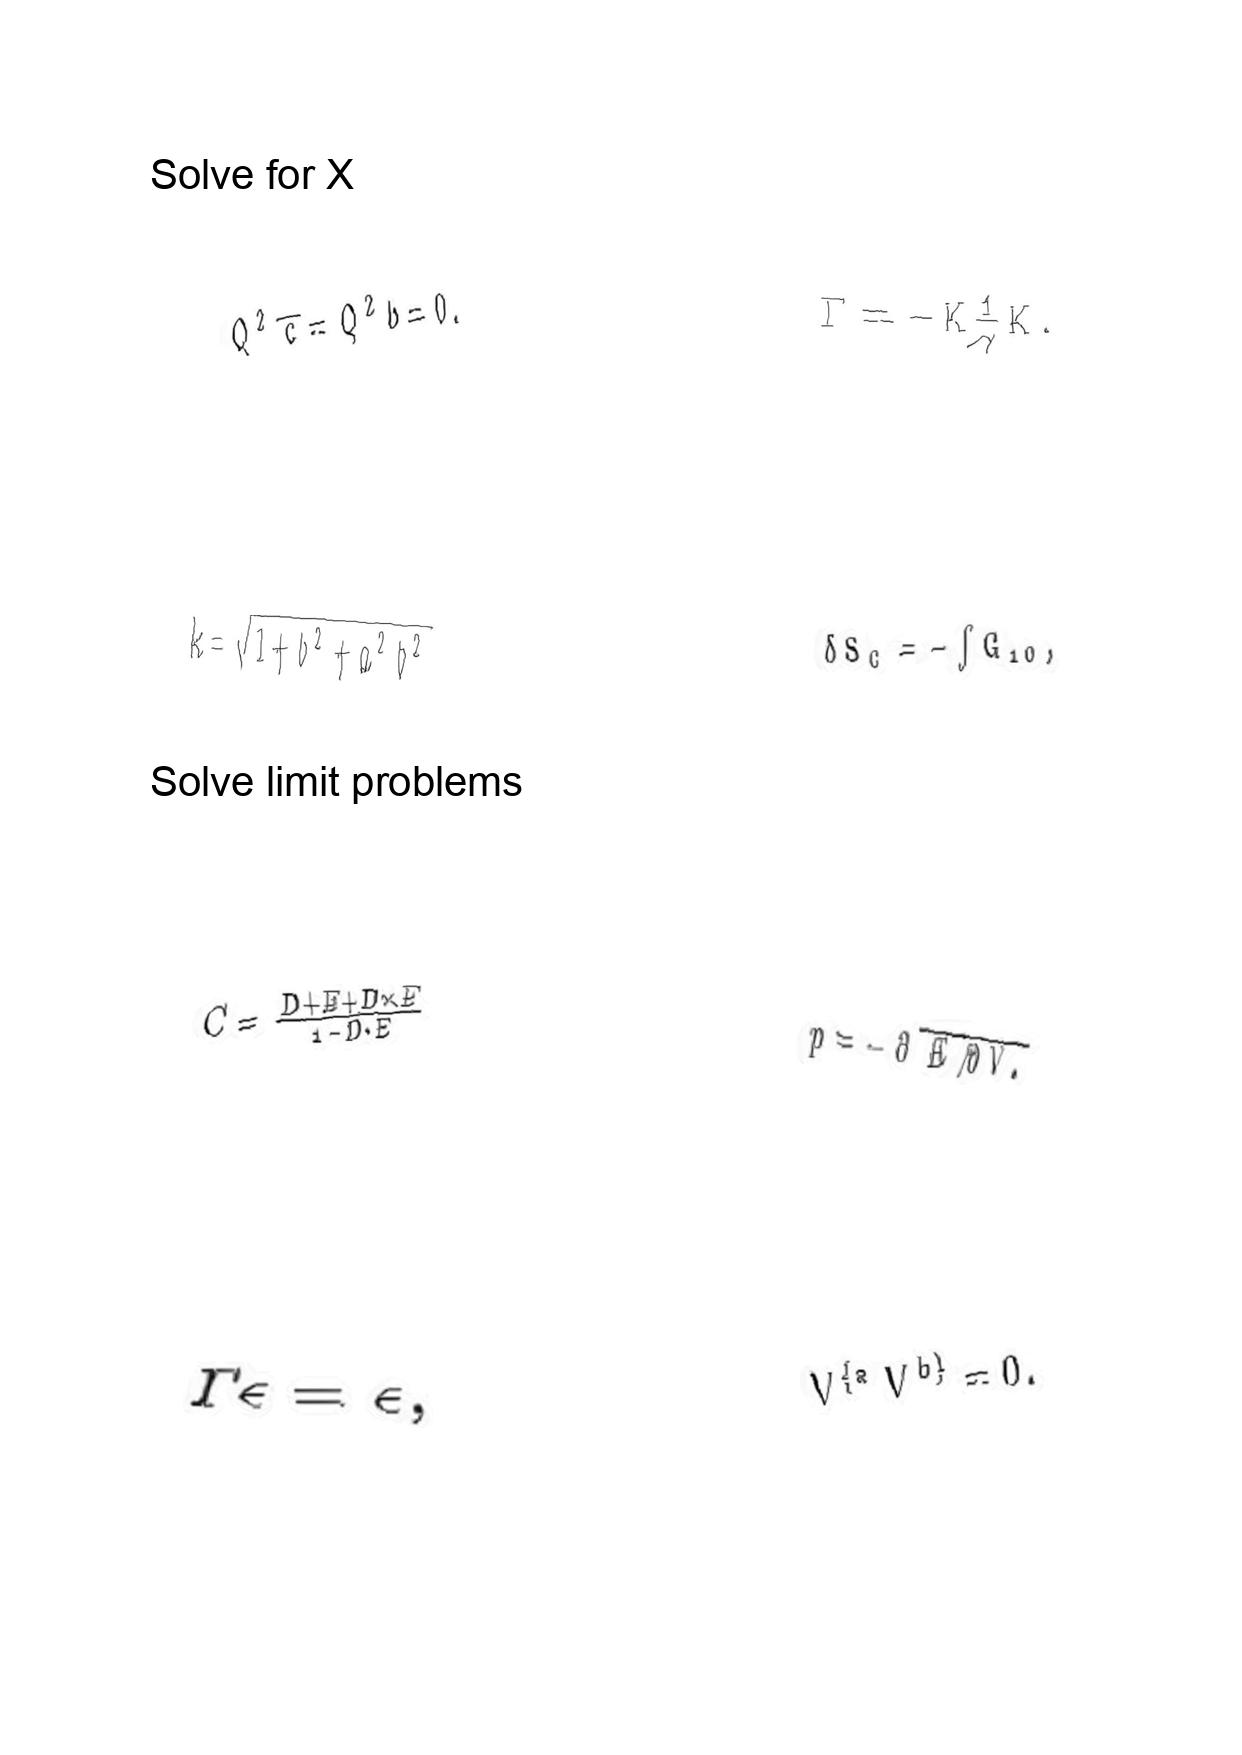
LaTeX transcription:
Q ^ { 2 } \overline { c } = Q ^ { 2 } b = 0 .
k = \sqrt { 1 + b ^ { 2 } + a ^ { 2 } b ^ { 2 } }
C = \frac { D + E + D \times E } { 1 - D \cdot E }
\Gamma \epsilon = \epsilon ,
\Gamma = - K \frac { 1 } { \gamma } K .
\delta S _ { C } = - \int G _ { 1 0 } ,
p = - \partial \overline { E / \partial V . }
V ^ { \lbrace a } V ^ { b \rbrace } = 0 .